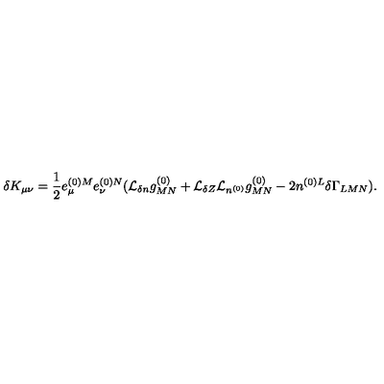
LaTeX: \delta K _ { \mu \nu } = \frac { 1 } { 2 } e _ { \mu } ^ { ( 0 ) M } e _ { \nu } ^ { ( 0 ) N } ( { \cal L } _ { \delta n } g _ { M N } ^ { ( 0 ) } + { \cal L } _ { \delta Z } { \cal L } _ { n ^ { ( 0 ) } } g _ { M N } ^ { ( 0 ) } - 2 n ^ { ( 0 ) L } \delta \Gamma _ { L M N } ) .